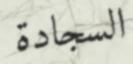
السجادة